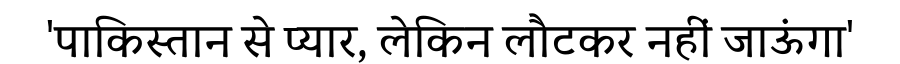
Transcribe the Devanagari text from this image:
'पाकिस्तान से प्यार, लेकिन लौटकर नहीं जाऊंगा'